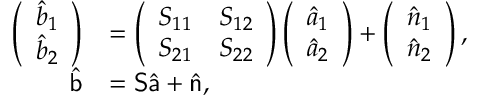
\begin{array} { r l } { \left( \begin{array} { c } { \hat { b } _ { 1 } } \\ { \hat { b } _ { 2 } } \end{array} \right) } & { = \left( \begin{array} { c c } { S _ { 1 1 } } & { S _ { 1 2 } } \\ { S _ { 2 1 } } & { S _ { 2 2 } } \end{array} \right) \left( \begin{array} { c } { \hat { a } _ { 1 } } \\ { \hat { a } _ { 2 } } \end{array} \right) + \left( \begin{array} { c } { \hat { n } _ { 1 } } \\ { \hat { n } _ { 2 } } \end{array} \right) , } \\ { \hat { \mathsf b } } & { = { \mathsf S } \hat { \mathsf a } + \hat { \mathsf n } , } \end{array}